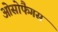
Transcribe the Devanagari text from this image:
ओसोफैगस